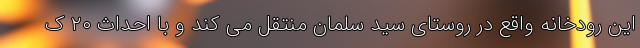
این رودخانه واقع در روستای سید سلمان منتقل می کند و با احداث ۲۰ ک